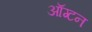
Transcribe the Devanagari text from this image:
ऑग्टन